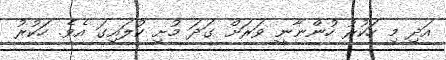
އަދި މި ހަކުރު ހުންނާނީ ވަރަށް ގަދަ މުށި ކުލައިގަ އެވެ. ހަކުރު